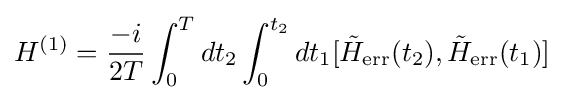
H^{(1)}={\frac {-i}{2T}}\int _{0}^{T}dt_{2}\int _{0}^{t_{2}}dt_{1}[{\tilde {H}}_{\text{err}}(t_{2}),{\tilde {H}}_{\text{err}}(t_{1})]